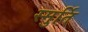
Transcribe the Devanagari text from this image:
स्मुर्ति